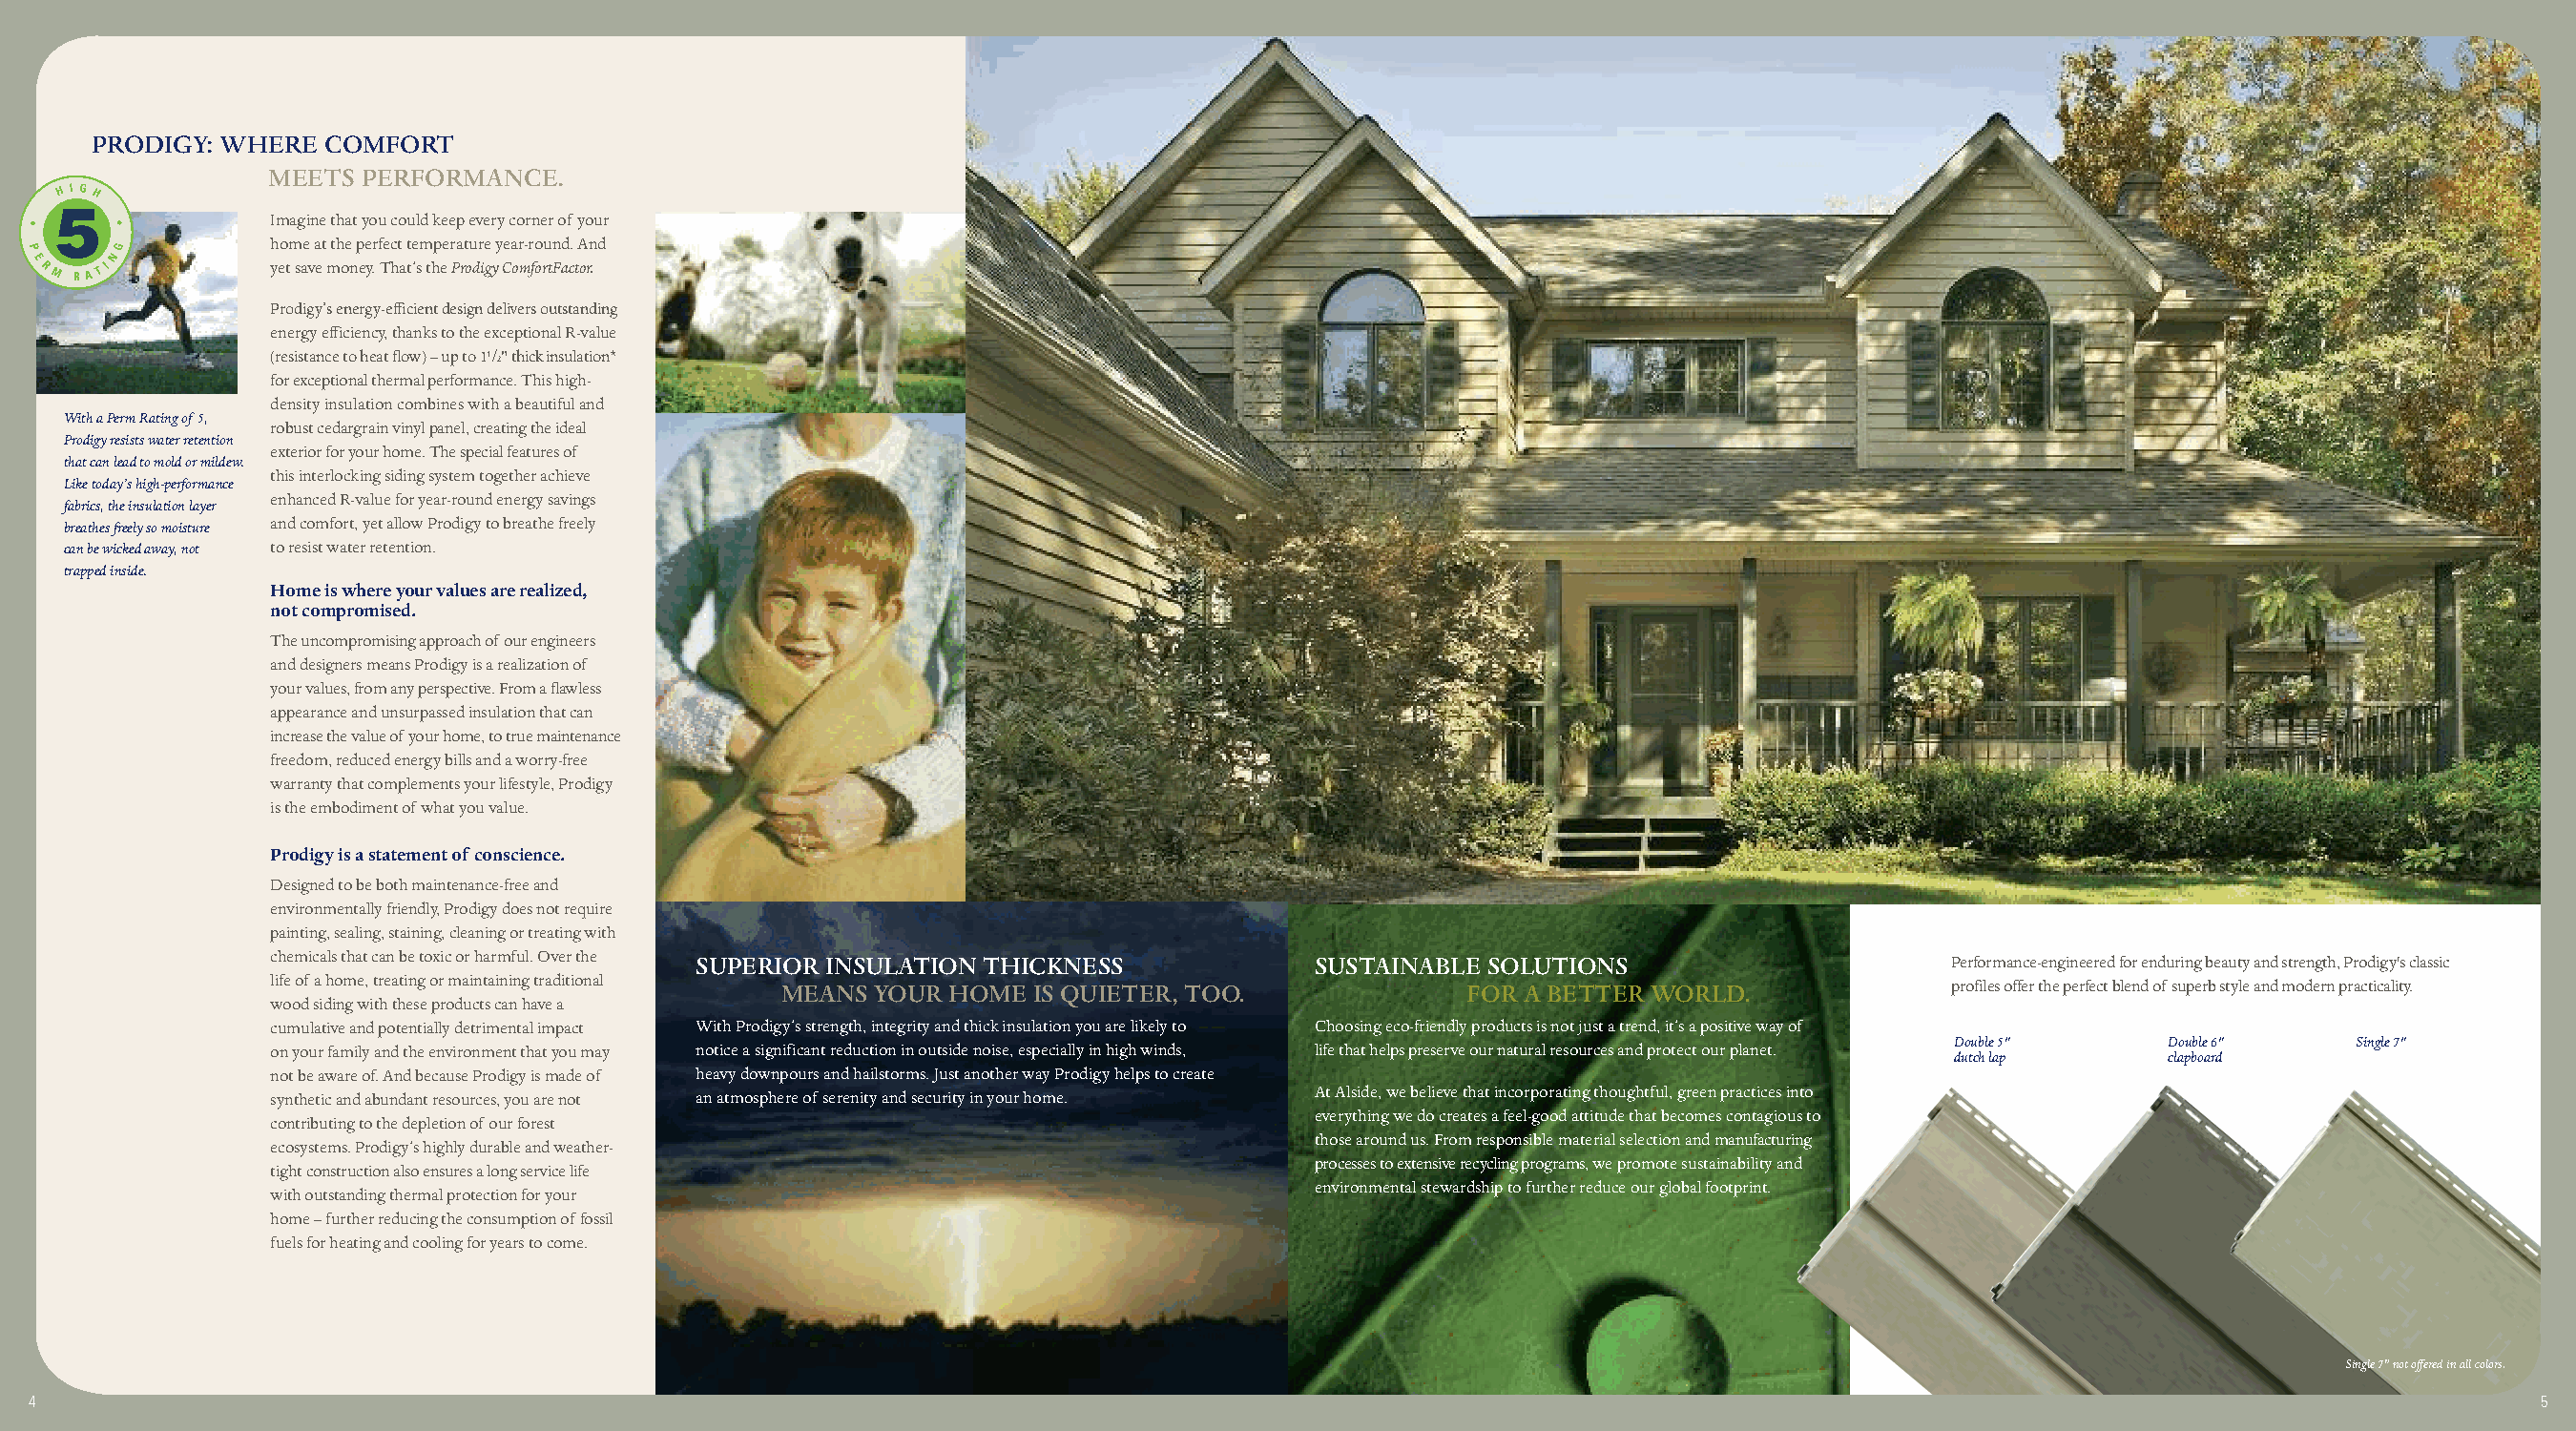
PRODIGY: WHERE  COMFORT
 MEETS PERFORMANCE.
 Imagine that you could keep every corner of your
 home at the perfect temperature year-round. And
 yet save money. That’s the Prodigy ComfortFactor.
 Prodigy’s energy-efficient design delivers outstanding
 energy efficiency, thanks to the exceptional R-value
 (resistance to heat flow) – up to 11/ 2" thick insulation*
 for exceptional thermal performance.This high-
 density insulation combines with a beautiful and
 With a Perm Rating of 5,
 robust cedargrain vinyl panel, creatingthe ideal
 Prodigy resists water retention
 exterior for your home. The special featuresof
 that can lead to mold or mildew.
 this interlocking siding system together achieve
 Like today’s high-performance
 enhanced R-value for year-round energy savings
 fabrics, the insulation layer
 breathes freely so moisture and comfort, yet allow Prodigy to breathe freely
 can be wicked away, not to resist water retention.
 trapped inside.
 Home is where your values are realized,
 not compromised.
 The uncompromising approach of our engineers
 and designers means Prodigy is a realization of
 your values, from any perspective. From a flawless
 appearance and unsurpassed insulation that can
 increase the value of your home, to true maintenance
 freedom, reduced energy bills and a worry-free
 warranty that complements your lifestyle, Prodigy
 is the embodiment of what you value.
 Prodigy is a statement of conscience.
 Designed to be both maintenance-free and
 environmentally friendly, Prodigy does not require
 painting, sealing, staining, cleaning or treating with
 chemicals that can be toxic or harmful. Over the SUPERIOR INSULATION THICKNESS SUSTAINABLE SOLUTIONS                Performance-engineered for enduring beauty and strength, Prodigy's classic
 life of a home, treating or maintaining traditional MEANS YOUR HOME IS QUIETER, TOO. FOR A BETTER WORLD.            profiles offer the perfect blend of superb style and modern practicality.
 wood siding with these products can have a
 cumulative and potentially detrimental impact With Prodigy’s strength, integrity and thick insulation you are likely to Choosing eco-friendly products is not just a trend, it’s a positive way of
 Double 5"     Double 6"    Single 7"
 on your family and the environment that you may notice a significant reduction in outside noise, especially in high winds, life that helps preserve our natural resourcesand protect our planet.
 dutch lap     clapboard
 not be aware of. And because Prodigy is made of heavy downpours and hailstorms. Just another way Prodigy helps to create
 synthetic and abundant resources, you are not an atmosphere of serenity and security in your home. At Alside, we believe that incorporating thoughtful, green practices into
 everything we do creates a feel-good attitude that becomes contagious to
 contributing to the depletion of our forest
 those around us. From responsible material selection and manufacturing
 ecosystems. Prodigy’s highly durable and weather-
 processes to extensive recycling programs,we promote sustainability and
 tight construction also ensures a long service life
 environmental stewardship to further reduce our global footprint.
 withoutstanding thermal protection for your
 home – further reducing the consumption of fossil
 fuels for heating and cooling for years to come.
 Single 7" not offered in all colors.
 4                                                                                                                                                                             5